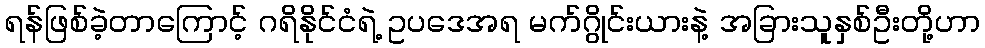
ရန်ဖြစ်ခဲ့တာကြောင့် ဂရိနိုင်ငံရဲ့ ဥပဒေအရ မက်ဂွိုင်းယားနဲ့ အခြားသူနှစ်ဦးတို့ဟာ